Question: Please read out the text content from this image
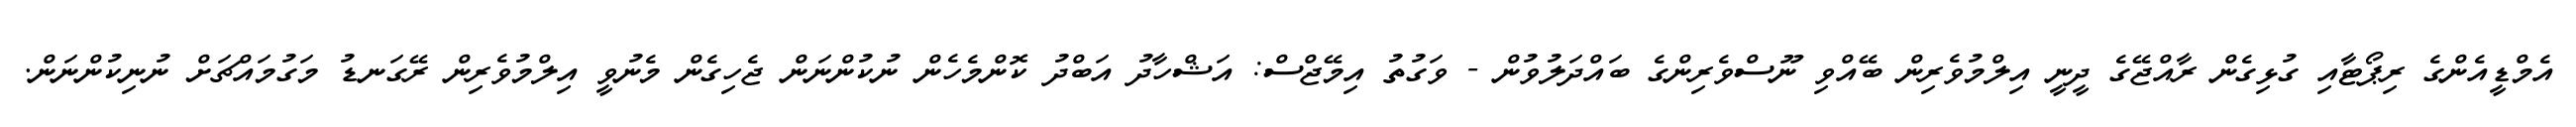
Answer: އެމްޑީއެންގެ ރިޕޯޓާއި ގުޅިގެން ރާއްޖޭގެ ދީނީ އިލްމުވެރިން ބޭއްވި ނޫސްވެރިންގެ ބައްދަލުވުން - ވަގުތު އިމޭޖްސް: އަޝްހާދު އަބްދު ކޮންމެހެން ނުކުންނަން ޖެހިގެން މެނުވީ އިލްމުވެރިން ރޭގަނޑު މަގުމައްޗަށް ނުނިކުންނަން.